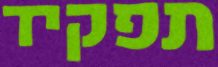
תפקיד